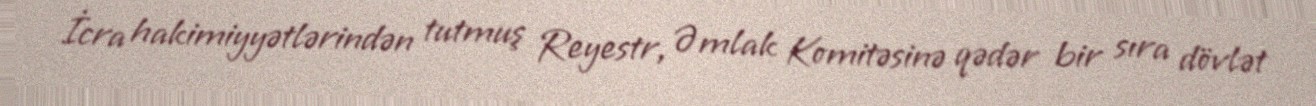
İcra hakimiyyətlərindən tutmuş Reyestr, Əmlak Komitəsinə qədər bir sıra dövlət